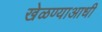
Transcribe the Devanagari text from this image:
खेळण्याआधी